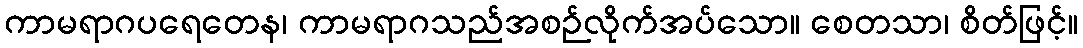
ကာမရာဂပရေတေန၊ ကာမရာဂသည်အစဉ်လိုက်အပ်သော။ စေတသာ၊ စိတ်ဖြင့်။